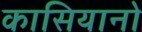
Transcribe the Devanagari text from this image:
कासियानो